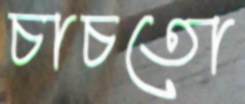
চাচতো